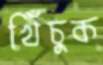
খিঁচুক